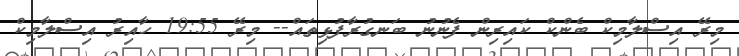
މިރޭ އިސްލާމިކް ބެންކް ކައިރިން ފެނުނު ބަނގުރާފުޅިތައް-- މިރޭ 19:55 ހާއިރު އިސްލާމިކް